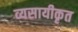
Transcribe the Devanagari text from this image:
व्यसायीकृत